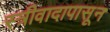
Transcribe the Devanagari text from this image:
स्त्रीवादापासून